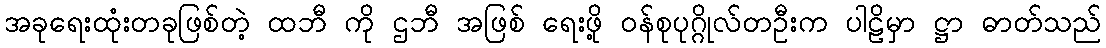
အခုရေးထုံးတခုဖြစ်တဲ့ ထဘီ ကို ဌဘီ အဖြစ် ရေးဖို့ ဝန်စုပုဂ္ဂိုလ်တဦးက ပါဠိမှာ ဋ္ဌာ ဓာတ်သည်